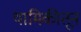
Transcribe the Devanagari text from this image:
यामिकीतून